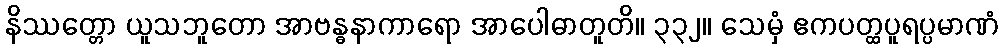
နိဿတ္တော ယူသဘူတော အာဗန္ဓနာကာရော အာပေါဓာတူတိ။ ၃၃၂။ သေမှံ ဧကပတ္ထပူရပ္ပမာဏံ